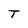
Character: T